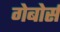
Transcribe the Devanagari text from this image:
गेबोर्स